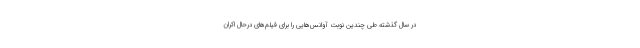
در سال گذشته طی چندین نوبت آوانس‌هایی را برای فیلم‌های درحال اکران